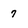
Character: 7